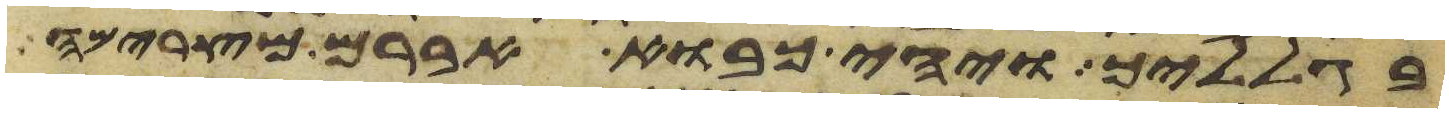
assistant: בגלליך ויהי כבוא אברם מצרימה